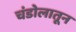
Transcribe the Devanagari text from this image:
चंडोलातून